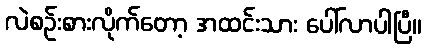
လဲစဉ်းစားလိုက်တော့ အထင်းသား ပေါ်လာပါပြီ။